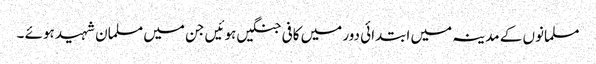
مسلمانوں کے مدینہ میں ابتدائی دور میں کافی جنگیں ہوئیں جن میں مسلمان شہید ہوئے ۔